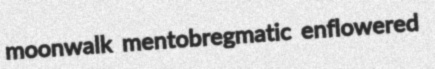
moonwalk mentobregmatic enflowered